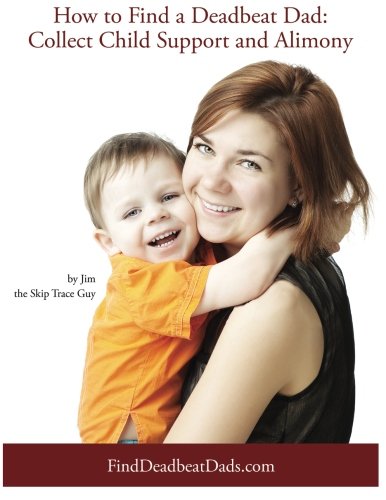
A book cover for How to Find a Deadbeat Dad:  Collect Child Support and Alimony; Jim the Skip Trace Guy; Law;